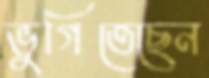
ভুগিতেছেন